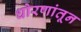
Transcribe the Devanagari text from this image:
धोरणांतून